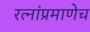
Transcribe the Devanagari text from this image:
रत्‍नांप्रमाणेच